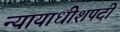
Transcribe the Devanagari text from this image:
न्यायाधीशपदी